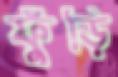
ফুঁড়ি